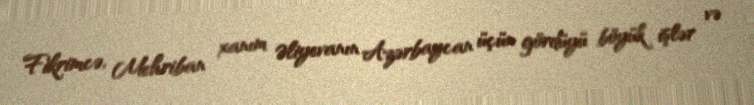
Fikrimcə, Mehriban xanım Əliyevanın Azərbaycan üçün gördüyü böyük işlər və